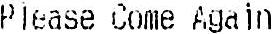
PLEASE COME AGAIN